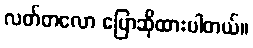
လတ်တလော ပြောဆိုထားပါတယ်။